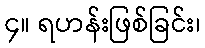
၄။ ရဟန်းဖြစ်ခြင်း၊